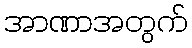
အာဏာအတွက်